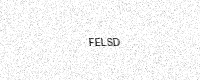
Text: FELSD